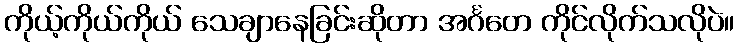
ကိုယ့်ကိုယ်ကိုယ် သေချာနေခြင်းဆိုတာ အင်္ဂတေ ကိုင်လိုက်သလိုပဲ။